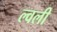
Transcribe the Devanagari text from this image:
ल्वली